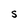
Character: S